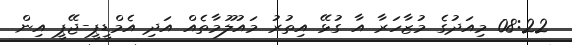
08:22 މިއަދުގެ މުޒާހަރާ އާ ގުޅޭ އިތުރު މައުލޫމާތެއް އަދި އެމްޑީޕީ-ޖޭޕީ އިން